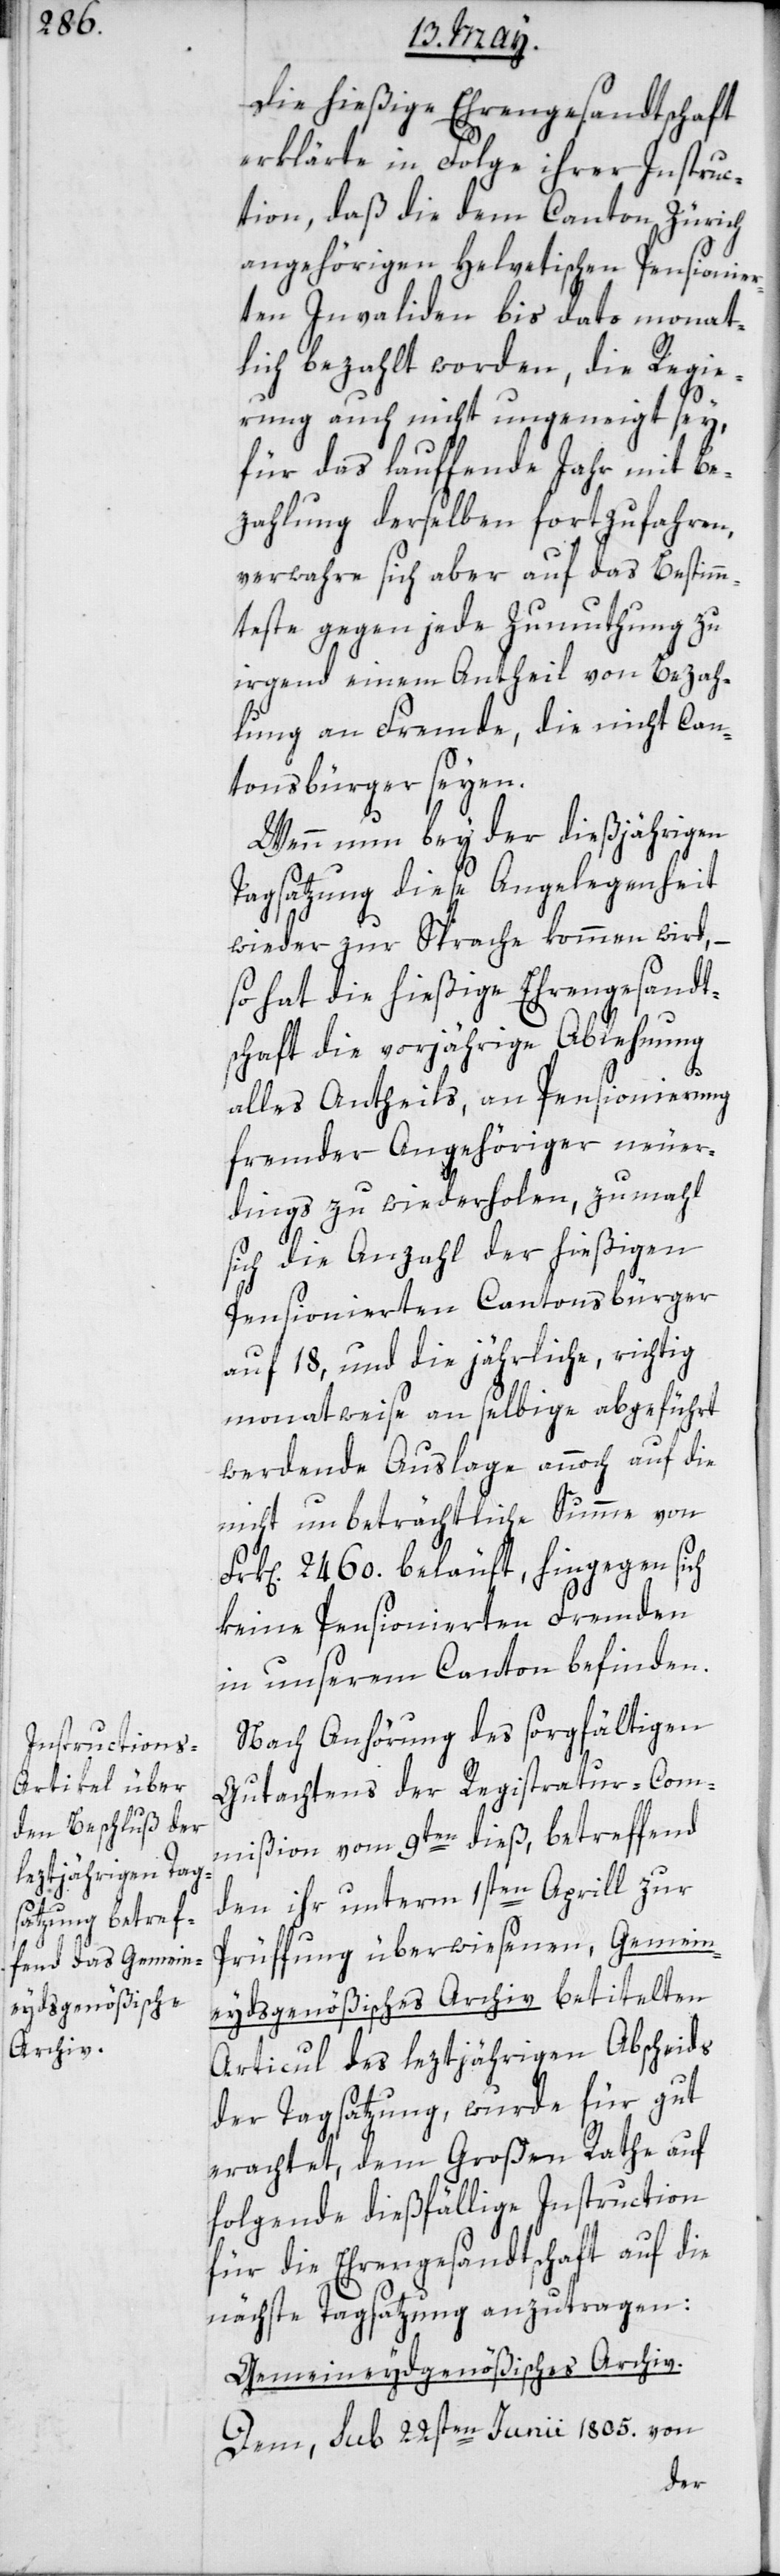
Die hießige Ehrengesandtschaft
erklärte in Folge ihrer Instruc¬
tion, daß die dem Canton Zürich
angehörigen Helvetischen Pensionier¬
ten Invaliden bis dato monat¬
lich bezahlt worden, die Regie¬
rung auch nicht ungeneigt sey,
für das lauffende Jahr mit Be¬
zahlung derselben fortzufahren,
verwahre sich aber auf das Bestimm¬
teste gegen jede Zumuthung zu
irgend einem Antheil von Bezah¬
lung an Fremde, die nicht Can¬
tonsbürger seyen.
Wenn nun bey der dießjährigen
Tagsatzung diese Angelegenheit
wieder zur Sprache kommen wird, –
so hat die hießige Ehrengesandt¬
schaft die vorjährige Ablehnung
Fr¬
alles Antheils an Pensionierung
fremder Angehöriger neuer¬
dings zu wiederholen, zumahl
sich die Anzahl der hießigen
Pensionierten Cantonsbürger
auf 18, und die jährliche, richtig
monatweise an selbige abgeführt
werdende Auslage annoch auf die
nicht unbeträchtliche Summe von
k[en]. 2460. beläuft, hingegen sich
keine Pensionierten Fremden
in unserem Canton befinden.
Nach Anhörung des sorgfältigen
Gutachtens der Registratur-Com¬
mißion vom 9ten dieß, betreffend
den ihr unterm 1sten Aprill zur
Prüffung überwiesenen, Gemein¬
eydsgenößisches Archiv betitelten
Artikel des leztjährigen Abscheids
der Tagsatzung, wurde für gut
erachtet, dem Großen Rathe auf
folgende dießfällige Instruction
für die Ehrengesandtschaft auf die
nächste Tagsatzung anzutragen:
Gemeineydgenößisches Archiv.
Dem, sub 22sten Junii 1805. von